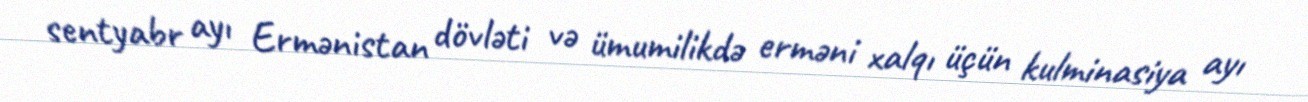
sentyabr ayı Ermənistan dövləti və ümumilikdə erməni xalqı üçün kulminasiya ayı